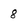
Character: 8